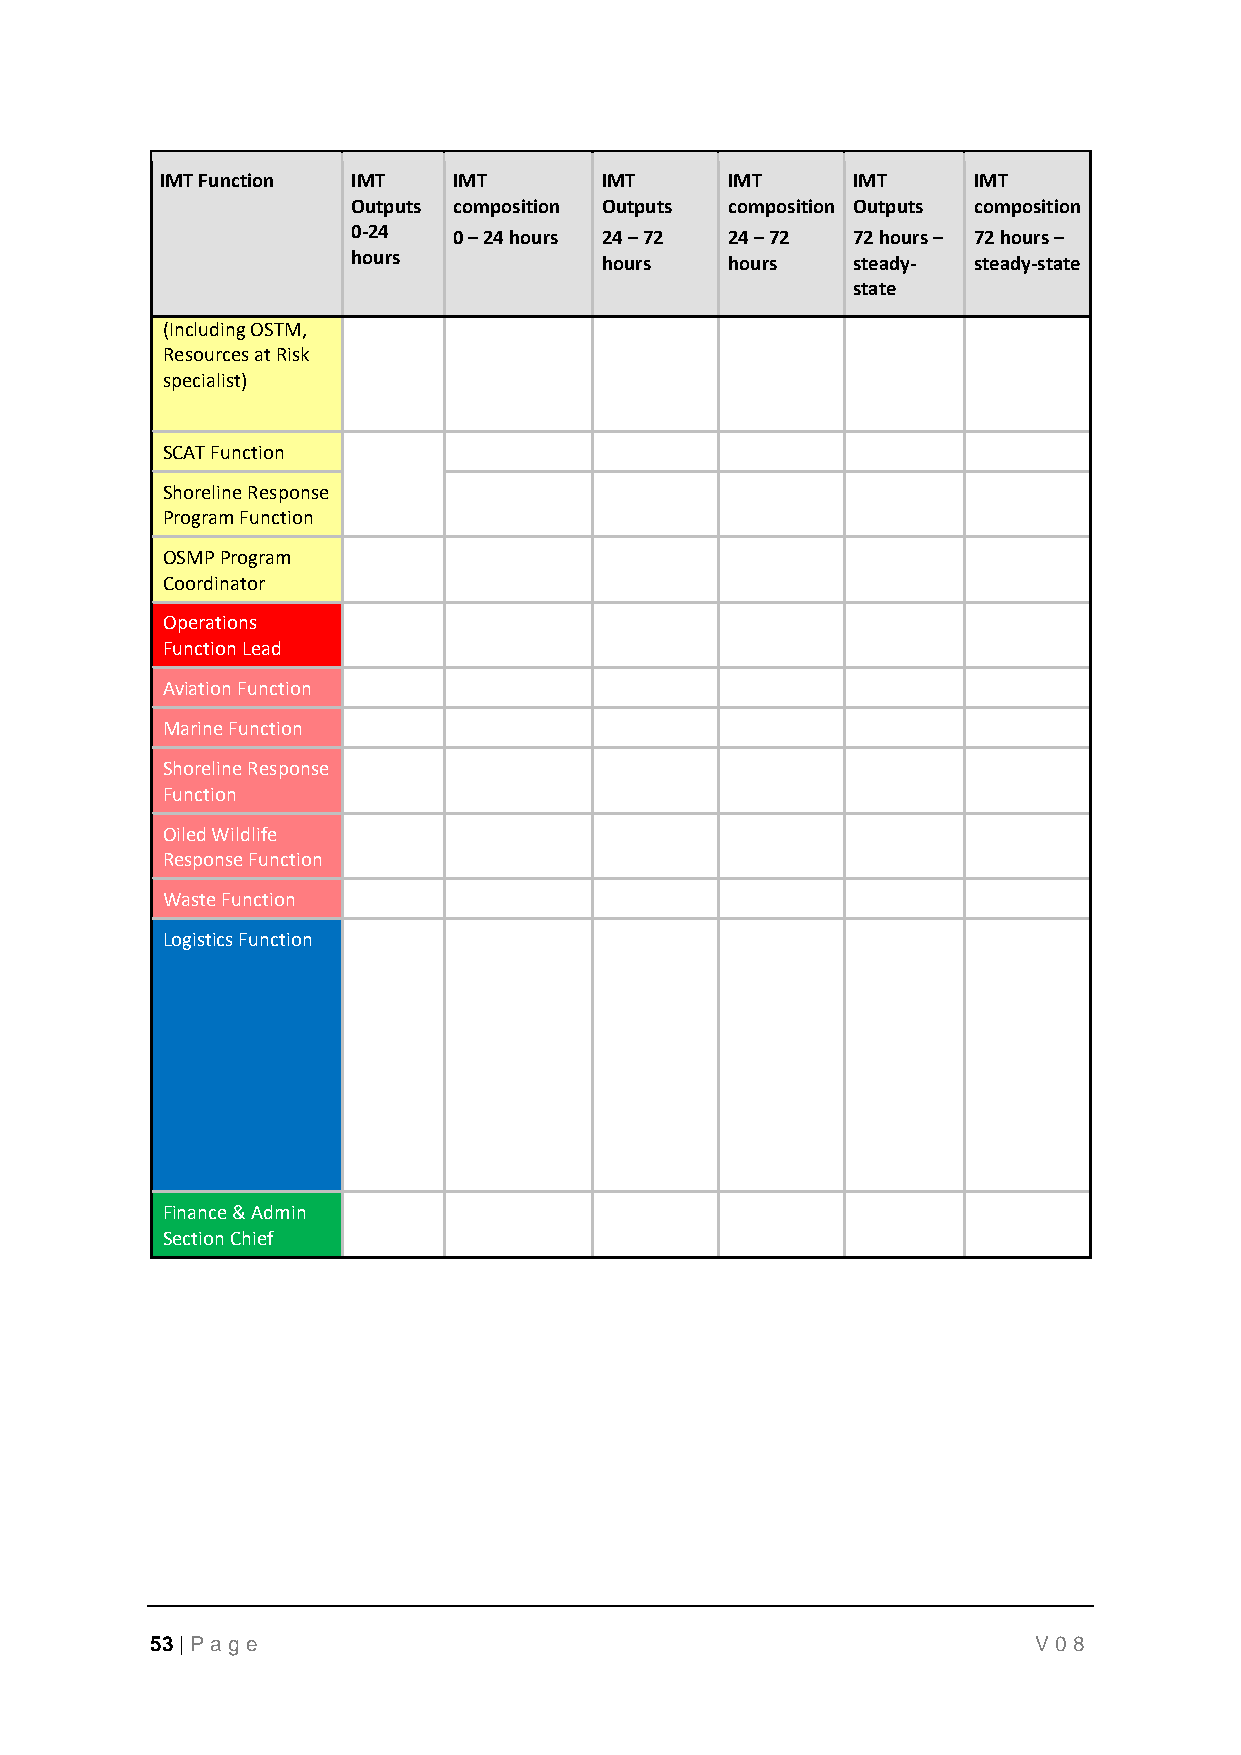
IMT Function IMT   IMT       IMT     IMT     IMT     IMT
 Outputs composition Outputs composition Outputs composition
 0-24   0 – 24 hours 24 – 72 24 – 72 72 hours – 72 hours –
 hours            hours   hours   steady- steady-state
 state
 (Including OSTM,
 Resources at Risk
 specialist)
 SCAT Function
 Shoreline Response
 Program Function
 OSMP Program
 Coordinator
 Operations
 Function Lead
 Aviation Function
 Marine Function
 Shoreline Response
 Function
 Oiled Wildlife
 Response Function
 Waste Function
 Logistics Function
 Finance & Admin
 Section Chief
 53 | P age                                                 V08